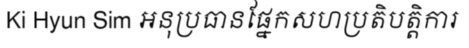
Ki Hyun Sim អនុប្រធានផ្នែកសហប្រតិបត្តិការ